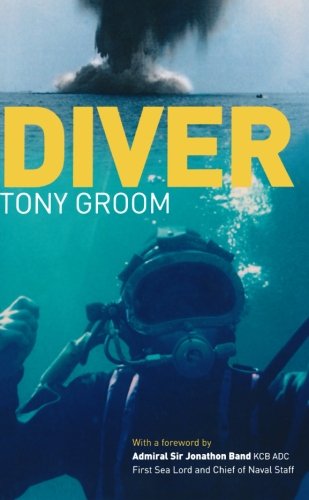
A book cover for Diver: A Royal Navy and Commercial Diver's Journey Through Life, and Around the World; Tony Groom; Sports & Outdoors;